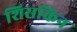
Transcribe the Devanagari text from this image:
शिसकिन